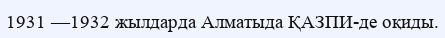
1931 —1932 жылдарда Алматыда ҚАЗПИ-де оқиды.